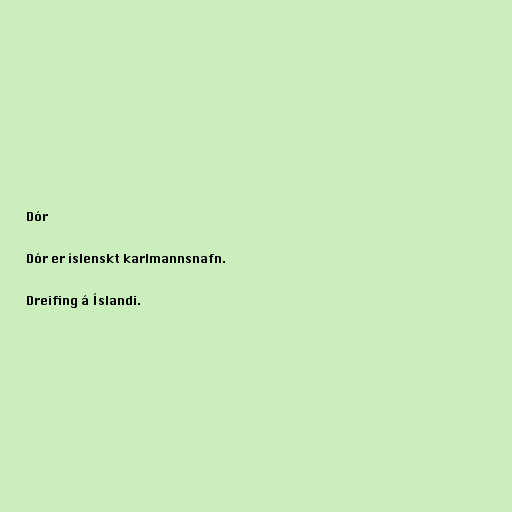
Dór

Dór er íslenskt karlmannsnafn.

Dreifing á Íslandi.